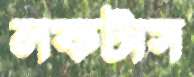
লফটাস